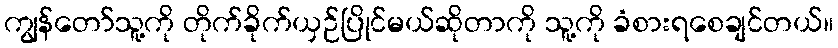
ကျွန်တော်သူ့ကို တိုက်ခိုက်ယှဉ်ပြိုင်မယ်ဆိုတာကို သူ့ကို ခံစားရစေချင်တယ်။